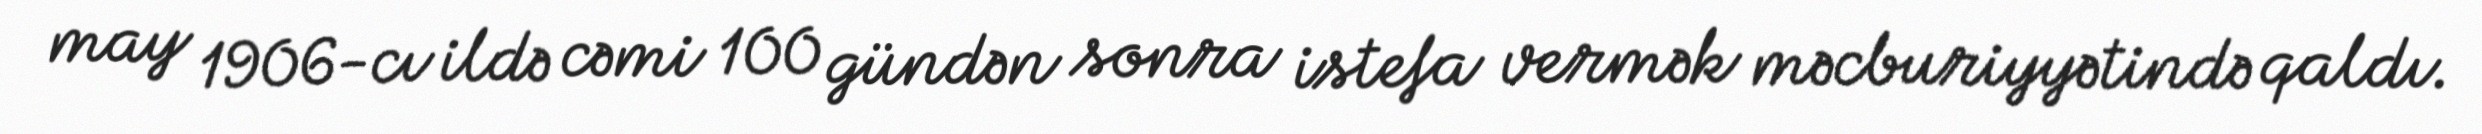
may 1906-cı ildə cəmi 100 gündən sonra istefa vermək məcburiyyətində qaldı.